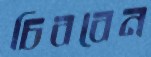
চিববেন